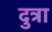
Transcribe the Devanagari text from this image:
दुत्रा